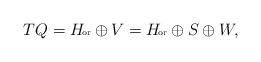
LaTeX: \begin{align*} TQ = H\!\mbox{\tiny{or}}\oplus V = H\!\mbox{\tiny{or}}\oplus S \oplus W, \end{align*}